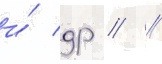
и́ др // /